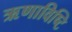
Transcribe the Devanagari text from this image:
ऋणाविष्टि